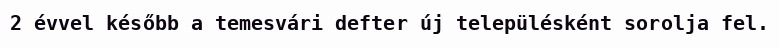
2 évvel később a temesvári defter új településként sorolja fel.